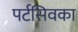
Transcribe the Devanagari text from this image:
पर्टसिवका